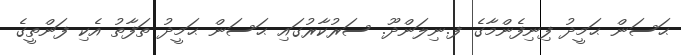
ޙަސަން ޙަމީދު ފިނިފެންމާގެ ފ.ނިލަންދޫ. ސަރުކާރުގައި ޙަސަން ޙަމީދު ތަފާތު އެކި ފަންތީގެ